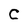
Character: C